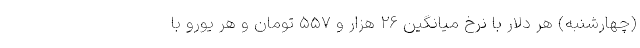
(چهارشنبه) هر دلار با نرخ میانگین ۲۶ هزار و ۵۵۷ تومان و هر یورو با